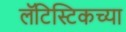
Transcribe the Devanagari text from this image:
लॅटिस्टिकच्या